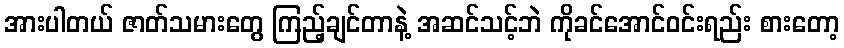
အားပါတယ် ဇာတ်သမားတွေ ကြည့်ချင်တာနဲ့ အဆင်သင့်ဘဲ ကိုခင်အောင်ဝင်းရည်း စားတော့